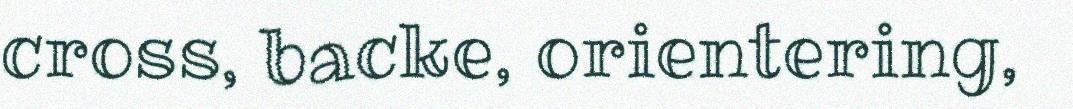
cross, backe, orientering,